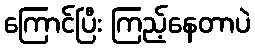
ကြောင်ပြီး ကြည့်နေတာပဲ